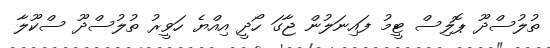
ތުލުސްދޫ ޕޮލިސް ޓީމު ފައިނަލުން ޖާގަ ހޯދީ އިއްޔެ ހަވީރު ތުލުސްދޫ ސްކޫލާ